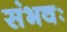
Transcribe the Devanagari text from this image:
संभवः